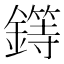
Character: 𨬻